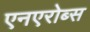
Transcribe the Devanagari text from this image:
एनएरोब्स